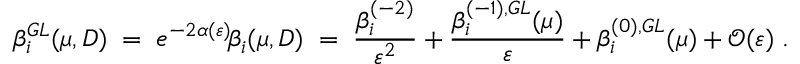
\beta _ { i } ^ { G L } ( \mu , D ) \; = \; e ^ { - 2 \alpha ( \varepsilon ) } \! \beta _ { i } ( \mu , D ) \; = \; \frac { \beta _ { i } ^ { ( - 2 ) } } { \varepsilon ^ { 2 } } + \frac { \beta _ { i } ^ { ( - 1 ) , G L } ( \mu ) } { \varepsilon } + \beta _ { i } ^ { ( 0 ) , G L } ( \mu ) + \mathcal { O } ( \varepsilon ) \; .